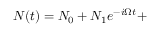
N ( t ) = N _ { 0 } + N _ { 1 } e ^ { - i \Omega t } +